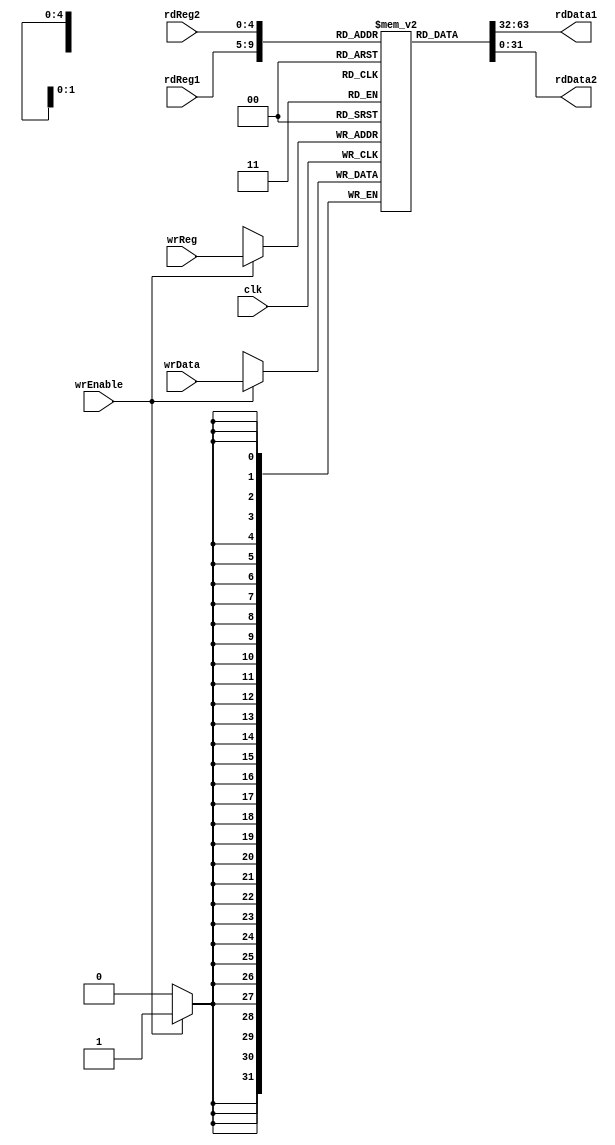
module registerFile (input wrEnable, input [4:0] wrReg, input [31:0] wrData, input [4:0] rdReg1, output [31:0] rdData1, input [4:0] rdReg2, output [31:0] rdData2, input clk);

	reg [31:0] regFile [0:31];

	assign rdData1 = regFile[rdReg1];
	assign rdData2 = regFile[rdReg2];

	always @(posedge clk)
		if (wrEnable)
			regFile[wrReg] <= wrData;
initial   regFile[0] = 32'h 0;
endmodule

module registerFile_tb;

	reg wrEnable;
	reg [4:0] wrReg;
	reg [31:0] wrData;
	reg [4:0] rdReg1;
	wire [31:0] rdData1;
	reg [4:0] rdReg2;
	wire [31:0] rdData2;
	reg clk;

	integer index;

	always begin #5 clk = ~clk; end

	initial begin

		// $monitor ("clk:%d en:%d wrReg:%d wrData:%d rdReg1:%d rdData1:%d rdReg2:%d rdData2:%d", clk, wrEnable, wrReg, wrData, rdReg1, rdData1, rdReg2, rdData2);

		clk = 0;

		wrEnable = 1;
		//for (index = 0; index < 32; index = index + 1) begin #10 wrReg = index; wrData = index * 2; $display ("wrReg:%d wrData:%d", wrReg, wrData); end
		//#10 wrEnable = 0; wrReg = 31; wrData = 93;

		#10 rdReg1 = 0; rdReg2 = 1; #2 $display ("rdReg1:%d rdData1:%d rdReg2:%d rdData2:%d", rdReg1, rdData1, rdReg2, rdData2);
		#10 rdReg1 = 2; rdReg2 = 3; #2 $display ("rdReg1:%d rdData1:%d rdReg2:%d rdData2:%d", rdReg1, rdData1, rdReg2, rdData2);
		#10 rdReg1 = 4; rdReg2 = 5; #2 $display ("rdReg1:%d rdData1:%d rdReg2:%d rdData2:%d", rdReg1, rdData1, rdReg2, rdData2);
		#10 rdReg1 = 6; rdReg2 = 7; #2 $display ("rdReg1:%d rdData1:%d rdReg2:%d rdData2:%d", rdReg1, rdData1, rdReg2, rdData2);
		#10 rdReg1 = 8; rdReg2 = 9; #2 $display ("rdReg1:%d rdData1:%d rdReg2:%d rdData2:%d", rdReg1, rdData1, rdReg2, rdData2);
		#10 rdReg1 = 10; rdReg2 = 11; #2 $display ("rdReg1:%d rdData1:%d rdReg2:%d rdData2:%d", rdReg1, rdData1, rdReg2, rdData2);
		#10 rdReg1 = 12; rdReg2 = 13; #2 $display ("rdReg1:%d rdData1:%d rdReg2:%d rdData2:%d", rdReg1, rdData1, rdReg2, rdData2);
		#10 rdReg1 = 14; rdReg2 = 15; #2 $display ("rdReg1:%d rdData1:%d rdReg2:%d rdData2:%d", rdReg1, rdData1, rdReg2, rdData2);
		#10 rdReg1 = 16; rdReg2 = 17; #2 $display ("rdReg1:%d rdData1:%d rdReg2:%d rdData2:%d", rdReg1, rdData1, rdReg2, rdData2);
		#10 rdReg1 = 18; rdReg2 = 19; #2 $display ("rdReg1:%d rdData1:%d rdReg2:%d rdData2:%d", rdReg1, rdData1, rdReg2, rdData2);
		#10 rdReg1 = 20; rdReg2 = 21; #2 $display ("rdReg1:%d rdData1:%d rdReg2:%d rdData2:%d", rdReg1, rdData1, rdReg2, rdData2);
		#10 rdReg1 = 22; rdReg2 = 23; #2 $display ("rdReg1:%d rdData1:%d rdReg2:%d rdData2:%d", rdReg1, rdData1, rdReg2, rdData2);
		#10 rdReg1 = 24; rdReg2 = 25; #2 $display ("rdReg1:%d rdData1:%d rdReg2:%d rdData2:%d", rdReg1, rdData1, rdReg2, rdData2);
		#10 rdReg1 = 26; rdReg2 = 27; #2 $display ("rdReg1:%d rdData1:%d rdReg2:%d rdData2:%d", rdReg1, rdData1, rdReg2, rdData2);
		#10 rdReg1 = 28; rdReg2 = 29; #2 $display ("rdReg1:%d rdData1:%d rdReg2:%d rdData2:%d", rdReg1, rdData1, rdReg2, rdData2);
		#10 rdReg1 = 30; rdReg2 = 31; #2 $display ("rdReg1:%d rdData1:%d rdReg2:%d rdData2:%d", rdReg1, rdData1, rdReg2, rdData2);

	end

	registerFile regFile1 (wrEnable, wrReg, wrData, rdReg1, rdData1, rdReg2, rdData2, clk);

endmodule